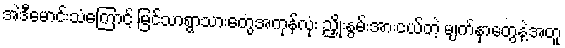
အဲဒီမောင်းသံကြောင့် မြင်သာရွာသားတွေအကုန်လုံး ညှိုးနွမ်းအားငယ်တဲ့ မျက်နှာတွေနဲ့အတူ